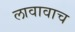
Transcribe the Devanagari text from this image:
लावावाच